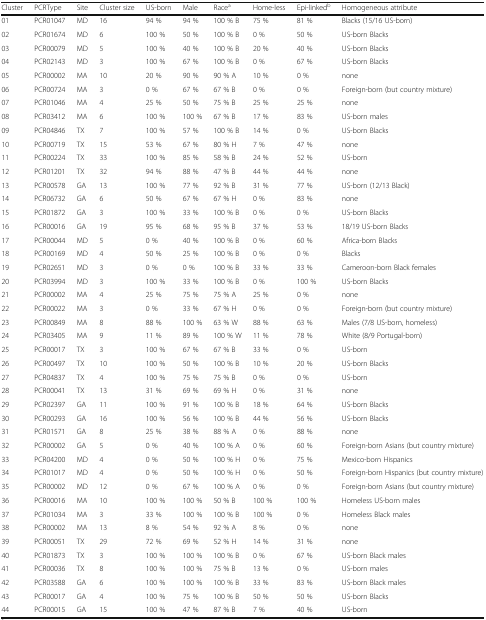
<table><thead><tr><td><b>Cluster</b></td><td><b>PCRType</b></td><td><b>Site</b></td><td><b>Cluster size</b></td><td><b>US-born</b></td><td><b>Male</b></td><td><b>Race<sup>a</sup></b></td><td><b>Home-less</b></td><td><b>Epi-linked<sup>b</sup></b></td><td><b>Homogeneous attribute</b></td></tr></thead><tbody><tr><td>01</td><td>PCR01047</td><td>MD</td><td>16</td><td>94 %</td><td>94 %</td><td>100 % B</td><td>75 %</td><td>81 %</td><td>Blacks (15/16 US-born)</td></tr><tr><td>02</td><td>PCR01674</td><td>MD</td><td>6</td><td>100 %</td><td>50 %</td><td>100 % B</td><td>0 %</td><td>50 %</td><td>US-born Blacks</td></tr><tr><td>03</td><td>PCR00079</td><td>MD</td><td>5</td><td>100 %</td><td>40 %</td><td>100 % B</td><td>20 %</td><td>40 %</td><td>US-born Blacks</td></tr><tr><td>04</td><td>PCR02143</td><td>MD</td><td>3</td><td>100 %</td><td>67 %</td><td>100 % B</td><td>0 %</td><td>67 %</td><td>US-born Blacks</td></tr><tr><td>05</td><td>PCR00002</td><td>MA</td><td>10</td><td>20 %</td><td>90 %</td><td>90 % A</td><td>10 %</td><td>0 %</td><td>none</td></tr><tr><td>06</td><td>PCR00724</td><td>MA</td><td>3</td><td>0 %</td><td>67 %</td><td>67 % B</td><td>0 %</td><td>0 %</td><td>Foreign-born (but country mixture)</td></tr><tr><td>07</td><td>PCR01046</td><td>MA</td><td>4</td><td>25 %</td><td>50 %</td><td>75 % B</td><td>25 %</td><td>25 %</td><td>none</td></tr><tr><td>08</td><td>PCR03412</td><td>MA</td><td>6</td><td>100 %</td><td>100 %</td><td>67 % B</td><td>17 %</td><td>83 %</td><td>US-born males</td></tr><tr><td>09</td><td>PCR04846</td><td>TX</td><td>7</td><td>100 %</td><td>57 %</td><td>100 % B</td><td>14 %</td><td>0 %</td><td>US-born Blacks</td></tr><tr><td>10</td><td>PCR00719</td><td>TX</td><td>15</td><td>53 %</td><td>67 %</td><td>80 % H</td><td>7 %</td><td>47 %</td><td>none</td></tr><tr><td>11</td><td>PCR00224</td><td>TX</td><td>33</td><td>100 %</td><td>85 %</td><td>58 % B</td><td>24 %</td><td>52 %</td><td>US-born</td></tr><tr><td>12</td><td>PCR01201</td><td>TX</td><td>32</td><td>94 %</td><td>88 %</td><td>47 % B</td><td>44 %</td><td>44 %</td><td>none</td></tr><tr><td>13</td><td>PCR00578</td><td>GA</td><td>13</td><td>100 %</td><td>77 %</td><td>92 % B</td><td>31 %</td><td>77 %</td><td>US-born (12/13 Black)</td></tr><tr><td>14</td><td>PCR06732</td><td>GA</td><td>6</td><td>50 %</td><td>67 %</td><td>67 % H</td><td>0 %</td><td>83 %</td><td>none</td></tr><tr><td>15</td><td>PCR01872</td><td>GA</td><td>3</td><td>100 %</td><td>33 %</td><td>100 % B</td><td>0 %</td><td>0 %</td><td>US-born Blacks</td></tr><tr><td>16</td><td>PCR00016</td><td>GA</td><td>19</td><td>95 %</td><td>68 %</td><td>95 % B</td><td>37 %</td><td>53 %</td><td>18/19 US-born Blacks</td></tr><tr><td>17</td><td>PCR00044</td><td>MD</td><td>5</td><td>0 %</td><td>40 %</td><td>100 % B</td><td>0 %</td><td>60 %</td><td>Africa-born Blacks</td></tr><tr><td>18</td><td>PCR00169</td><td>MD</td><td>4</td><td>50 %</td><td>25 %</td><td>100 % B</td><td>0 %</td><td>0 %</td><td>Blacks</td></tr><tr><td>19</td><td>PCR02651</td><td>MD</td><td>3</td><td>0 %</td><td>0 %</td><td>100 % B</td><td>33 %</td><td>33 %</td><td>Cameroon-born Black females</td></tr><tr><td>20</td><td>PCR03994</td><td>MD</td><td>3</td><td>100 %</td><td>33 %</td><td>100 % B</td><td>0 %</td><td>100 %</td><td>US-born Blacks</td></tr><tr><td>21</td><td>PCR00002</td><td>MA</td><td>4</td><td>25 %</td><td>75 %</td><td>75 % A</td><td>25 %</td><td>0 %</td><td>none</td></tr><tr><td>22</td><td>PCR00022</td><td>MA</td><td>3</td><td>0 %</td><td>33 %</td><td>67 % H</td><td>0 %</td><td>0 %</td><td>Foreign-born (but country mixture)</td></tr><tr><td>23</td><td>PCR00849</td><td>MA</td><td>8</td><td>88 %</td><td>100 %</td><td>63 % W</td><td>88 %</td><td>63 %</td><td>Males (7/8 US-born, homeless)</td></tr><tr><td>24</td><td>PCR03405</td><td>MA</td><td>9</td><td>11 %</td><td>89 %</td><td>100 % W</td><td>11 %</td><td>78 %</td><td>White (8/9 Portugal-born)</td></tr><tr><td>25</td><td>PCR00017</td><td>TX</td><td>3</td><td>100 %</td><td>67 %</td><td>67 % B</td><td>33 %</td><td>0 %</td><td>US-born</td></tr><tr><td>26</td><td>PCR00497</td><td>TX</td><td>10</td><td>100 %</td><td>50 %</td><td>100 % B</td><td>10 %</td><td>20 %</td><td>US-born Blacks</td></tr><tr><td>27</td><td>PCR04837</td><td>TX</td><td>4</td><td>100 %</td><td>75 %</td><td>75 % B</td><td>0 %</td><td>0 %</td><td>US-born</td></tr><tr><td>28</td><td>PCR00041</td><td>TX</td><td>13</td><td>31 %</td><td>69 %</td><td>69 % H</td><td>0 %</td><td>31 %</td><td>none</td></tr><tr><td>29</td><td>PCR02397</td><td>GA</td><td>11</td><td>100 %</td><td>91 %</td><td>100 % B</td><td>18 %</td><td>64 %</td><td>US-born Blacks</td></tr><tr><td>30</td><td>PCR00293</td><td>GA</td><td>16</td><td>100 %</td><td>56 %</td><td>100 % B</td><td>44 %</td><td>56 %</td><td>US-born Blacks</td></tr><tr><td>31</td><td>PCR01571</td><td>GA</td><td>8</td><td>25 %</td><td>38 %</td><td>88 % A</td><td>0 %</td><td>88 %</td><td>none</td></tr><tr><td>32</td><td>PCR00002</td><td>GA</td><td>5</td><td>0 %</td><td>40 %</td><td>100 % A</td><td>0 %</td><td>60 %</td><td>Foreign-born Asians (but country mixture)</td></tr><tr><td>33</td><td>PCR04200</td><td>MD</td><td>4</td><td>0 %</td><td>50 %</td><td>100 % H</td><td>0 %</td><td>75 %</td><td>Mexico-born Hispanics</td></tr><tr><td>34</td><td>PCR01017</td><td>MD</td><td>4</td><td>0 %</td><td>50 %</td><td>100 % H</td><td>0 %</td><td>50 %</td><td>Foreign-born Hispanics (but country mixture)</td></tr><tr><td>35</td><td>PCR00002</td><td>MD</td><td>12</td><td>0 %</td><td>67 %</td><td>100 % A</td><td>0 %</td><td>0 %</td><td>Foreign-born Asians (but country mixture)</td></tr><tr><td>36</td><td>PCR00016</td><td>MA</td><td>10</td><td>100 %</td><td>100 %</td><td>50 % B</td><td>100 %</td><td>100 %</td><td>Homeless US-born males</td></tr><tr><td>37</td><td>PCR01034</td><td>MA</td><td>3</td><td>33 %</td><td>100 %</td><td>100 % B</td><td>100 %</td><td>0 %</td><td>Homeless Black males</td></tr><tr><td>38</td><td>PCR00002</td><td>MA</td><td>13</td><td>8 %</td><td>54 %</td><td>92 % A</td><td>8 %</td><td>0 %</td><td>none</td></tr><tr><td>39</td><td>PCR00051</td><td>TX</td><td>29</td><td>72 %</td><td>69 %</td><td>52 % H</td><td>14 %</td><td>31 %</td><td>none</td></tr><tr><td>40</td><td>PCR01873</td><td>TX</td><td>3</td><td>100 %</td><td>100 %</td><td>100 % B</td><td>0 %</td><td>67 %</td><td>US-born Black males</td></tr><tr><td>41</td><td>PCR00036</td><td>TX</td><td>8</td><td>100 %</td><td>100 %</td><td>75 % B</td><td>13 %</td><td>0 %</td><td>US-born males</td></tr><tr><td>42</td><td>PCR03588</td><td>GA</td><td>6</td><td>100 %</td><td>100 %</td><td>100 % B</td><td>33 %</td><td>83 %</td><td>US-born Black males</td></tr><tr><td>43</td><td>PCR00017</td><td>GA</td><td>4</td><td>100 %</td><td>75 %</td><td>100 % B</td><td>50 %</td><td>50 %</td><td>US-born Blacks</td></tr><tr><td>44</td><td>PCR00015</td><td>GA</td><td>15</td><td>100 %</td><td>47 %</td><td>87 % B</td><td>7 %</td><td>40 %</td><td>US-born</td></tr></tbody></table>